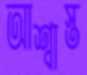
আশ্বাস্ত